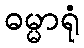
ဓမ္မာရုံ